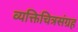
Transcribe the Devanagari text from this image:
व्यक्तिचित्रसंग्रह